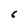
Character: 6